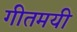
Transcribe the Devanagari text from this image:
गीतमयी